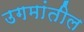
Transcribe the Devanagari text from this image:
उगमांतील